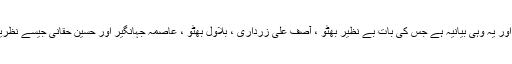
یہ وہ بیانیہ ہے، جو موجودہ بیانیہ سے یکسر مختلف ہے اور یہ وہی بیانیہ ہے جس کی بات بے نظیر بھٹو ، آصف علی زرداری ، بلاول بھٹو ، عاصمہ جہانگیر اور حسین حقانی جیسے نظریات رکھنے والے سیا ستدان اور دانشور کر تے رہے ہیں۔